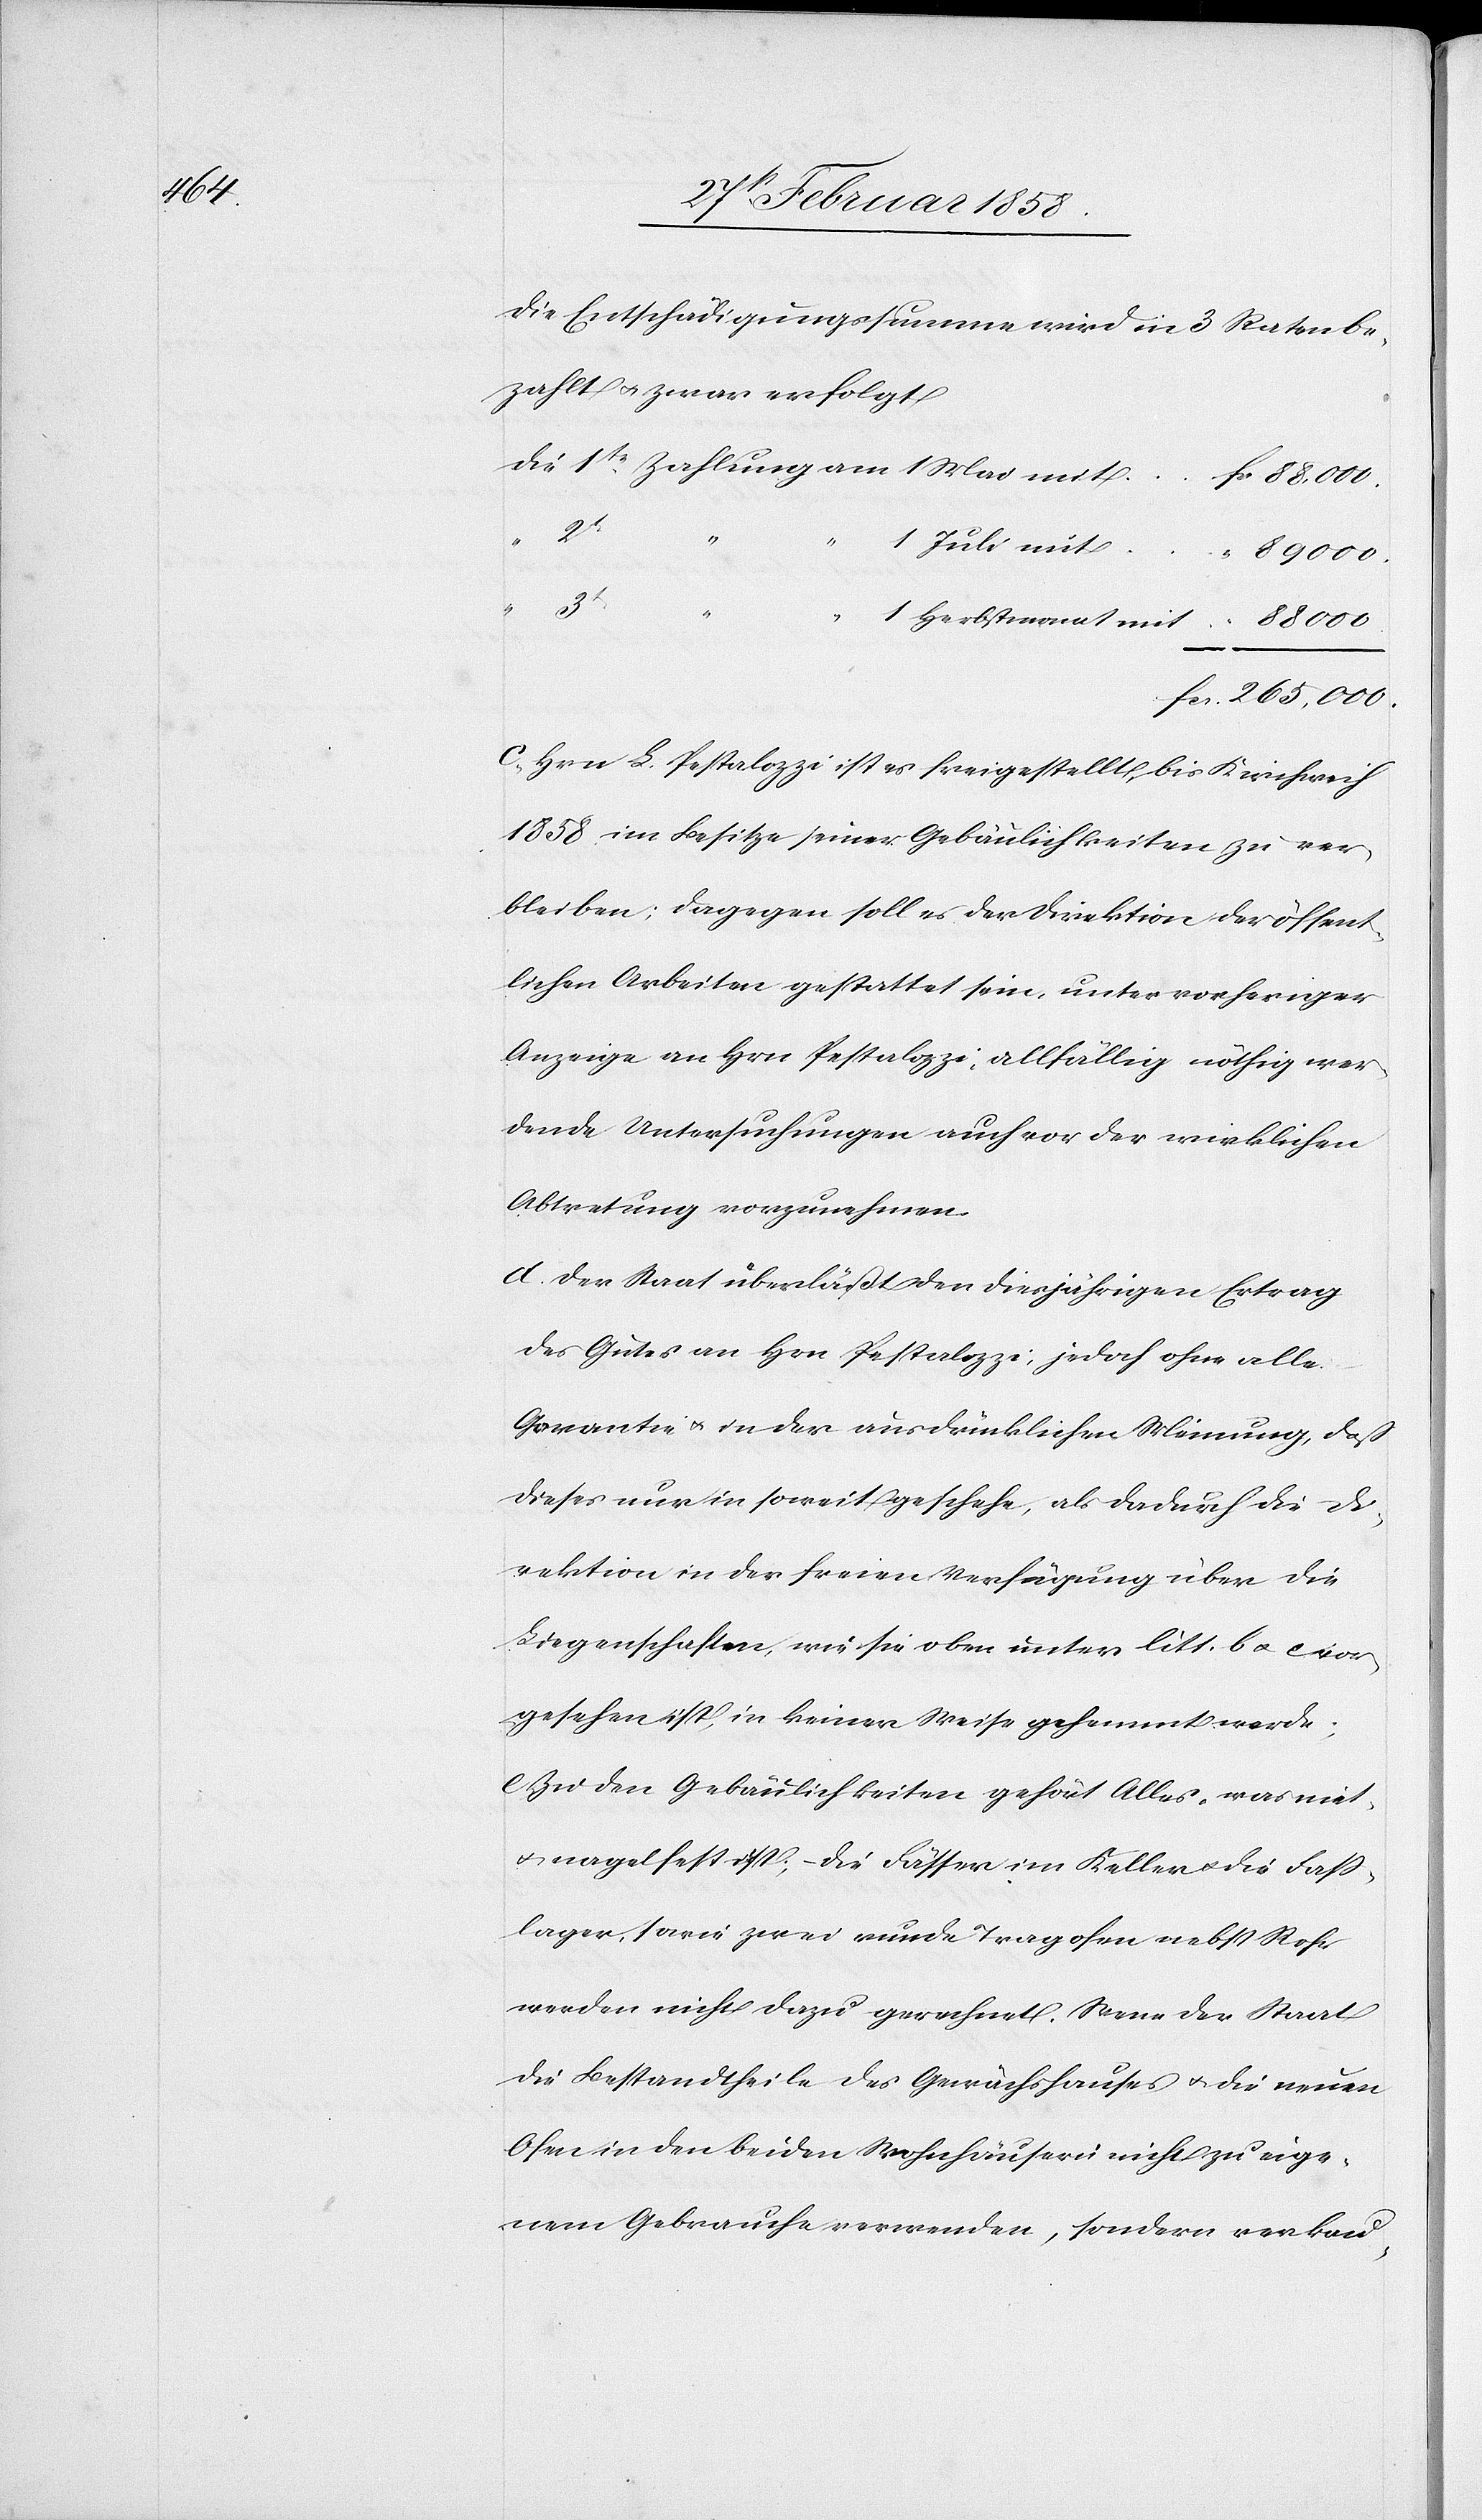
000.

Die Entschädigungssumme wird in 3 Raten be¬
zahlt u. zwar erfolgt:
Die 1te Zahlung am 1 Mai mit	f¬
c	88,000.
2t
“
1 Juli mit
3t
“
1 Herbstmonat mit	 “	88 000.
fcs.	265,000.
c. Hrn. L. Pestalozzi ist es freigestellt, bis Kirchweih
1858 im Besitze seiner Gebäulichkeiten zu ver¬
bleiben; dagegen soll es der Direktion der öffent¬
lichen Arbeiten gestattet sein, unter vorheriger
Anzeige an Hrn Pestalozzi, allfällig nöthig wer¬
dende Untersuchungen auch vor der wirklichen
Abtretung vorzunehmen.
d. Der Staat überläßt den diesjährigen Ertrag
des Gutes an Hrn Pestalozzi, jedoch ohne alle
Garantie u. in der ausdrücklichen Meinung, daß
dieses nur in soweit geschehe, als dadurch die Di¬
rektion in der freien Verfügung über die
Liegenschaften, wie sie oben unter litt. b u. c vor¬
gesehen ist, in keiner Weise gehemmt werde;
e. Zu den Gebäulichkeiten gehört Alles, was niet-
u. nagelfest ist; die Fässer im Keller u. die Faß¬
lager, sowie zwei runde Tragofen nebst Rohr
werden nicht dazu gerechnet. Wenn der Staat
die Bestandtheile des Gewächshauses u. die neuen
Ofen in den beiden Wohnhäusern nicht zu eige¬
nem Gebrauche verwenden, sondern verkau-